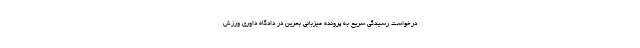
درخواست رسیدگی سریع به پرونده میزبانی بحرین در دادگاه داوری ورزش